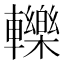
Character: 轢